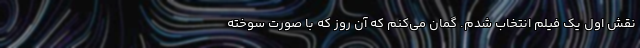
نقش اول یک فیلم انتخاب شدم. گمان می‌کنم که آن روز که با صورت سوخته